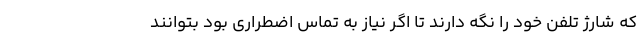
که شارژ تلفن خود را نگه دارند تا اگر نیاز به تماس اضطراری بود بتوانند